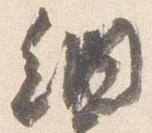
納